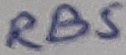
Text: RB5